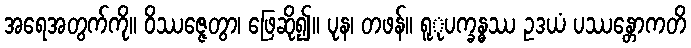
အရေအတွက်ကို။ ဝိဿဇ္ဇေတွာ၊ ဖြေဆို၍။ ပုန၊ တဖန်။ ရူုပက္ခန္ဓဿ ဥဒယံ ပဿန္တောကတိ